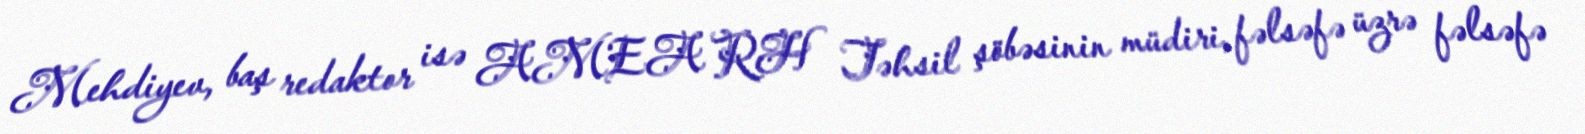
Mehdiyev, baş redaktor isə AMEA RH Təhsil şöbəsinin müdiri, fəlsəfə üzrə fəlsəfə